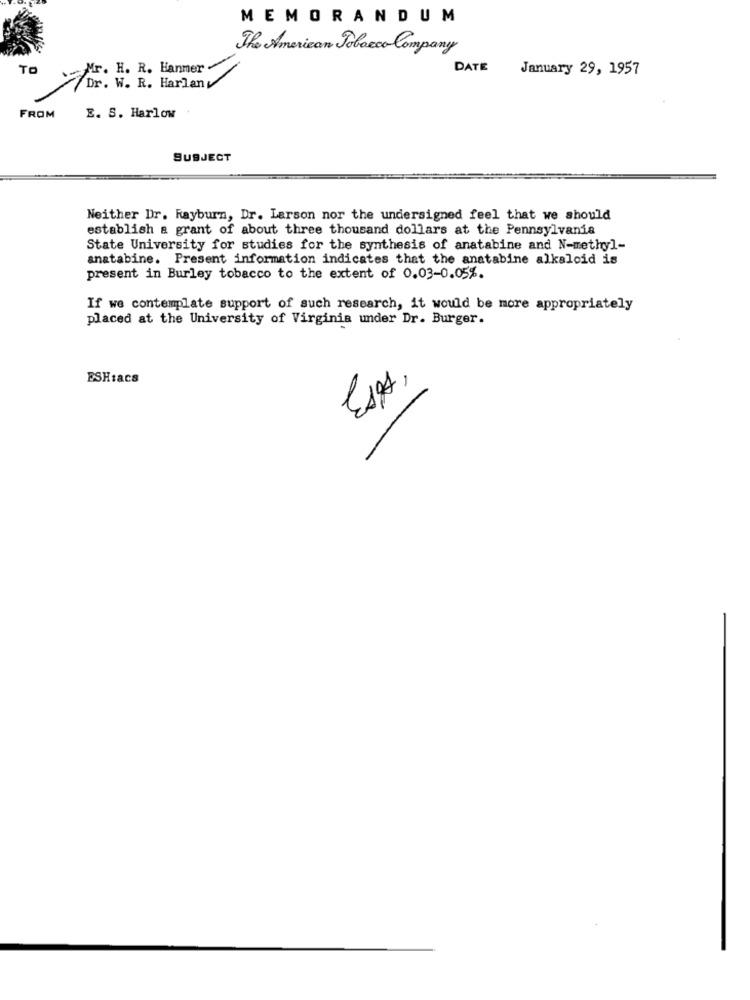
MEMORANDUM
The American Tobacco Company
TO
Mr. H. R. Hanmer -
DATE
January 29, 1957
Dr. W. R. Harlany
FROM
E. S. Harlow
SUBJECT
Neither Dr. Rayburn, Dr. Larson nor the undersigned feel that we should
establish & grant of about three thousand dollars at the Pennsylvania
State University for studies for the synthesis of anatabine and N-methyl-
anatabine. Present information indicates that the anatabine alkaloid is
present in Burley tobacco to the extent of 0.03-0.05%.
If we contemplate support of such research, it would be more appropriately
placed at the University of Virginia under Dr. Burger.
ESHsacs
Ess,